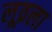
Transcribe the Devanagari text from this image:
लूव्रला